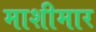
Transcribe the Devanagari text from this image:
माशीमार